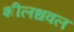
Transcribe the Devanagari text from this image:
शीलधवल